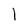
Character: l